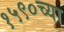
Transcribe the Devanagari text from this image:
१५९०च्या